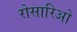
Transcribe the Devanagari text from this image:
रोसारिओ